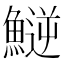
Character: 𩺝